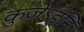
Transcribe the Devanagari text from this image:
कुजेऽहनि